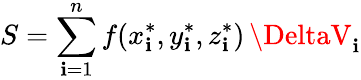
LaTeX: S=\sum_{\mathbf{i}=1}^{n}f(x_{\mathbf{i}}^{*},y_{\mathbf{i}}^{*},z_{\mathbf{i}}^{*})\, \DeltaV_{\mathbf{i}}